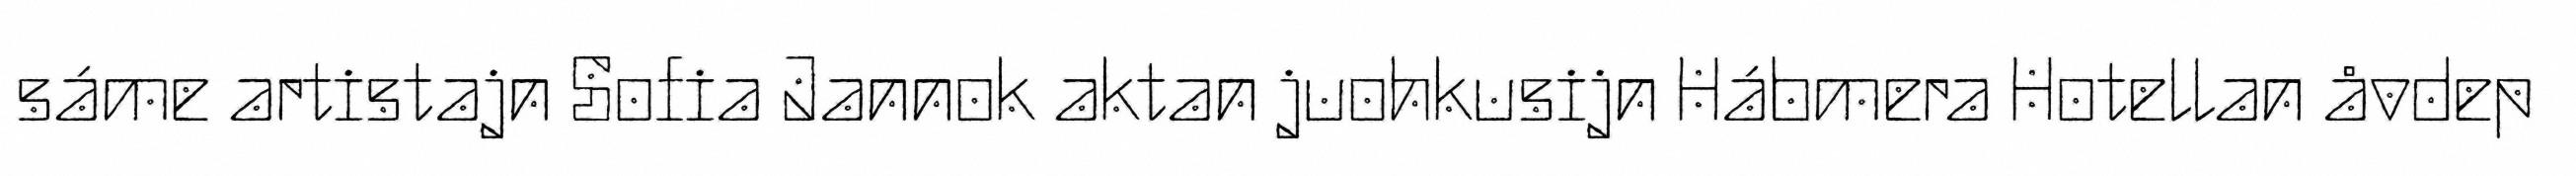
sáme artistajn Sofia Jannok aktan juohkusijn Hábmera Hotellan åvdep